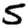
Digit: 5